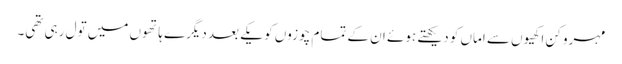
مہرو کن اکھیوں سے اماں کو دیکھتے ہوئے ان کے تمام چوزوں کو یکے بعد دیگرے ہاتھوں میں تول رہی تھی۔